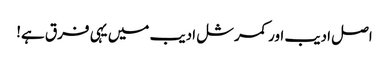
اصل ادیب اور کمرشل ادیب میں یہی فرق ہے!